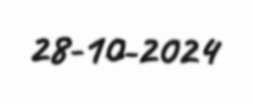
28-10-2024